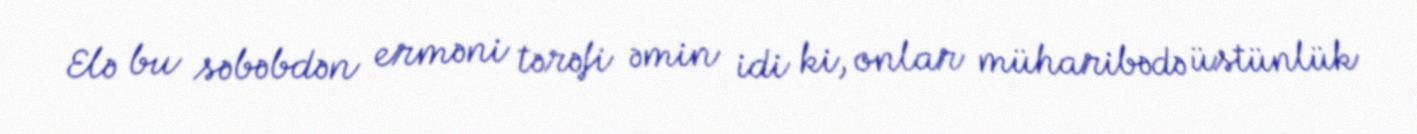
Elə bu səbəbdən erməni tərəfi əmin idi ki, onlar müharibədə üstünlük